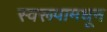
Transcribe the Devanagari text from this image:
स्वरूपामधून